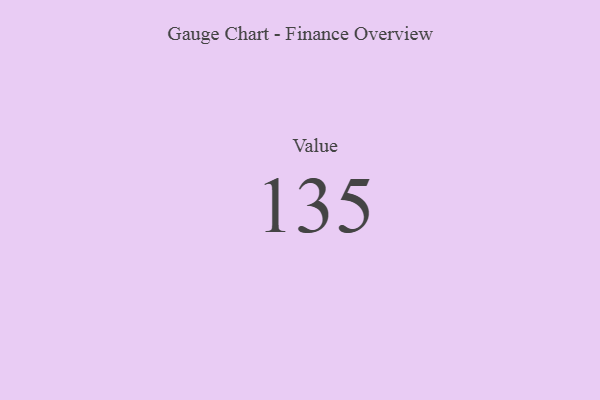
{"axis": {"x": "Metric", "y": "Value"}, "legend": [""], "data": [{"x": "Value", "y": 135, "type": ""}]}